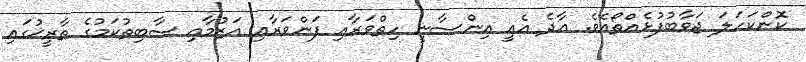
ކޮންކަހަލަ ޖަވާބުފުޅެއްތޯއެވެ. އާދެ އެއީ އިންސާނީ ހިތްވަރާއި ފަންވަރާއި އަޒުމާއި ސާބިތުކަމުގެ ތާރީޚުގައި